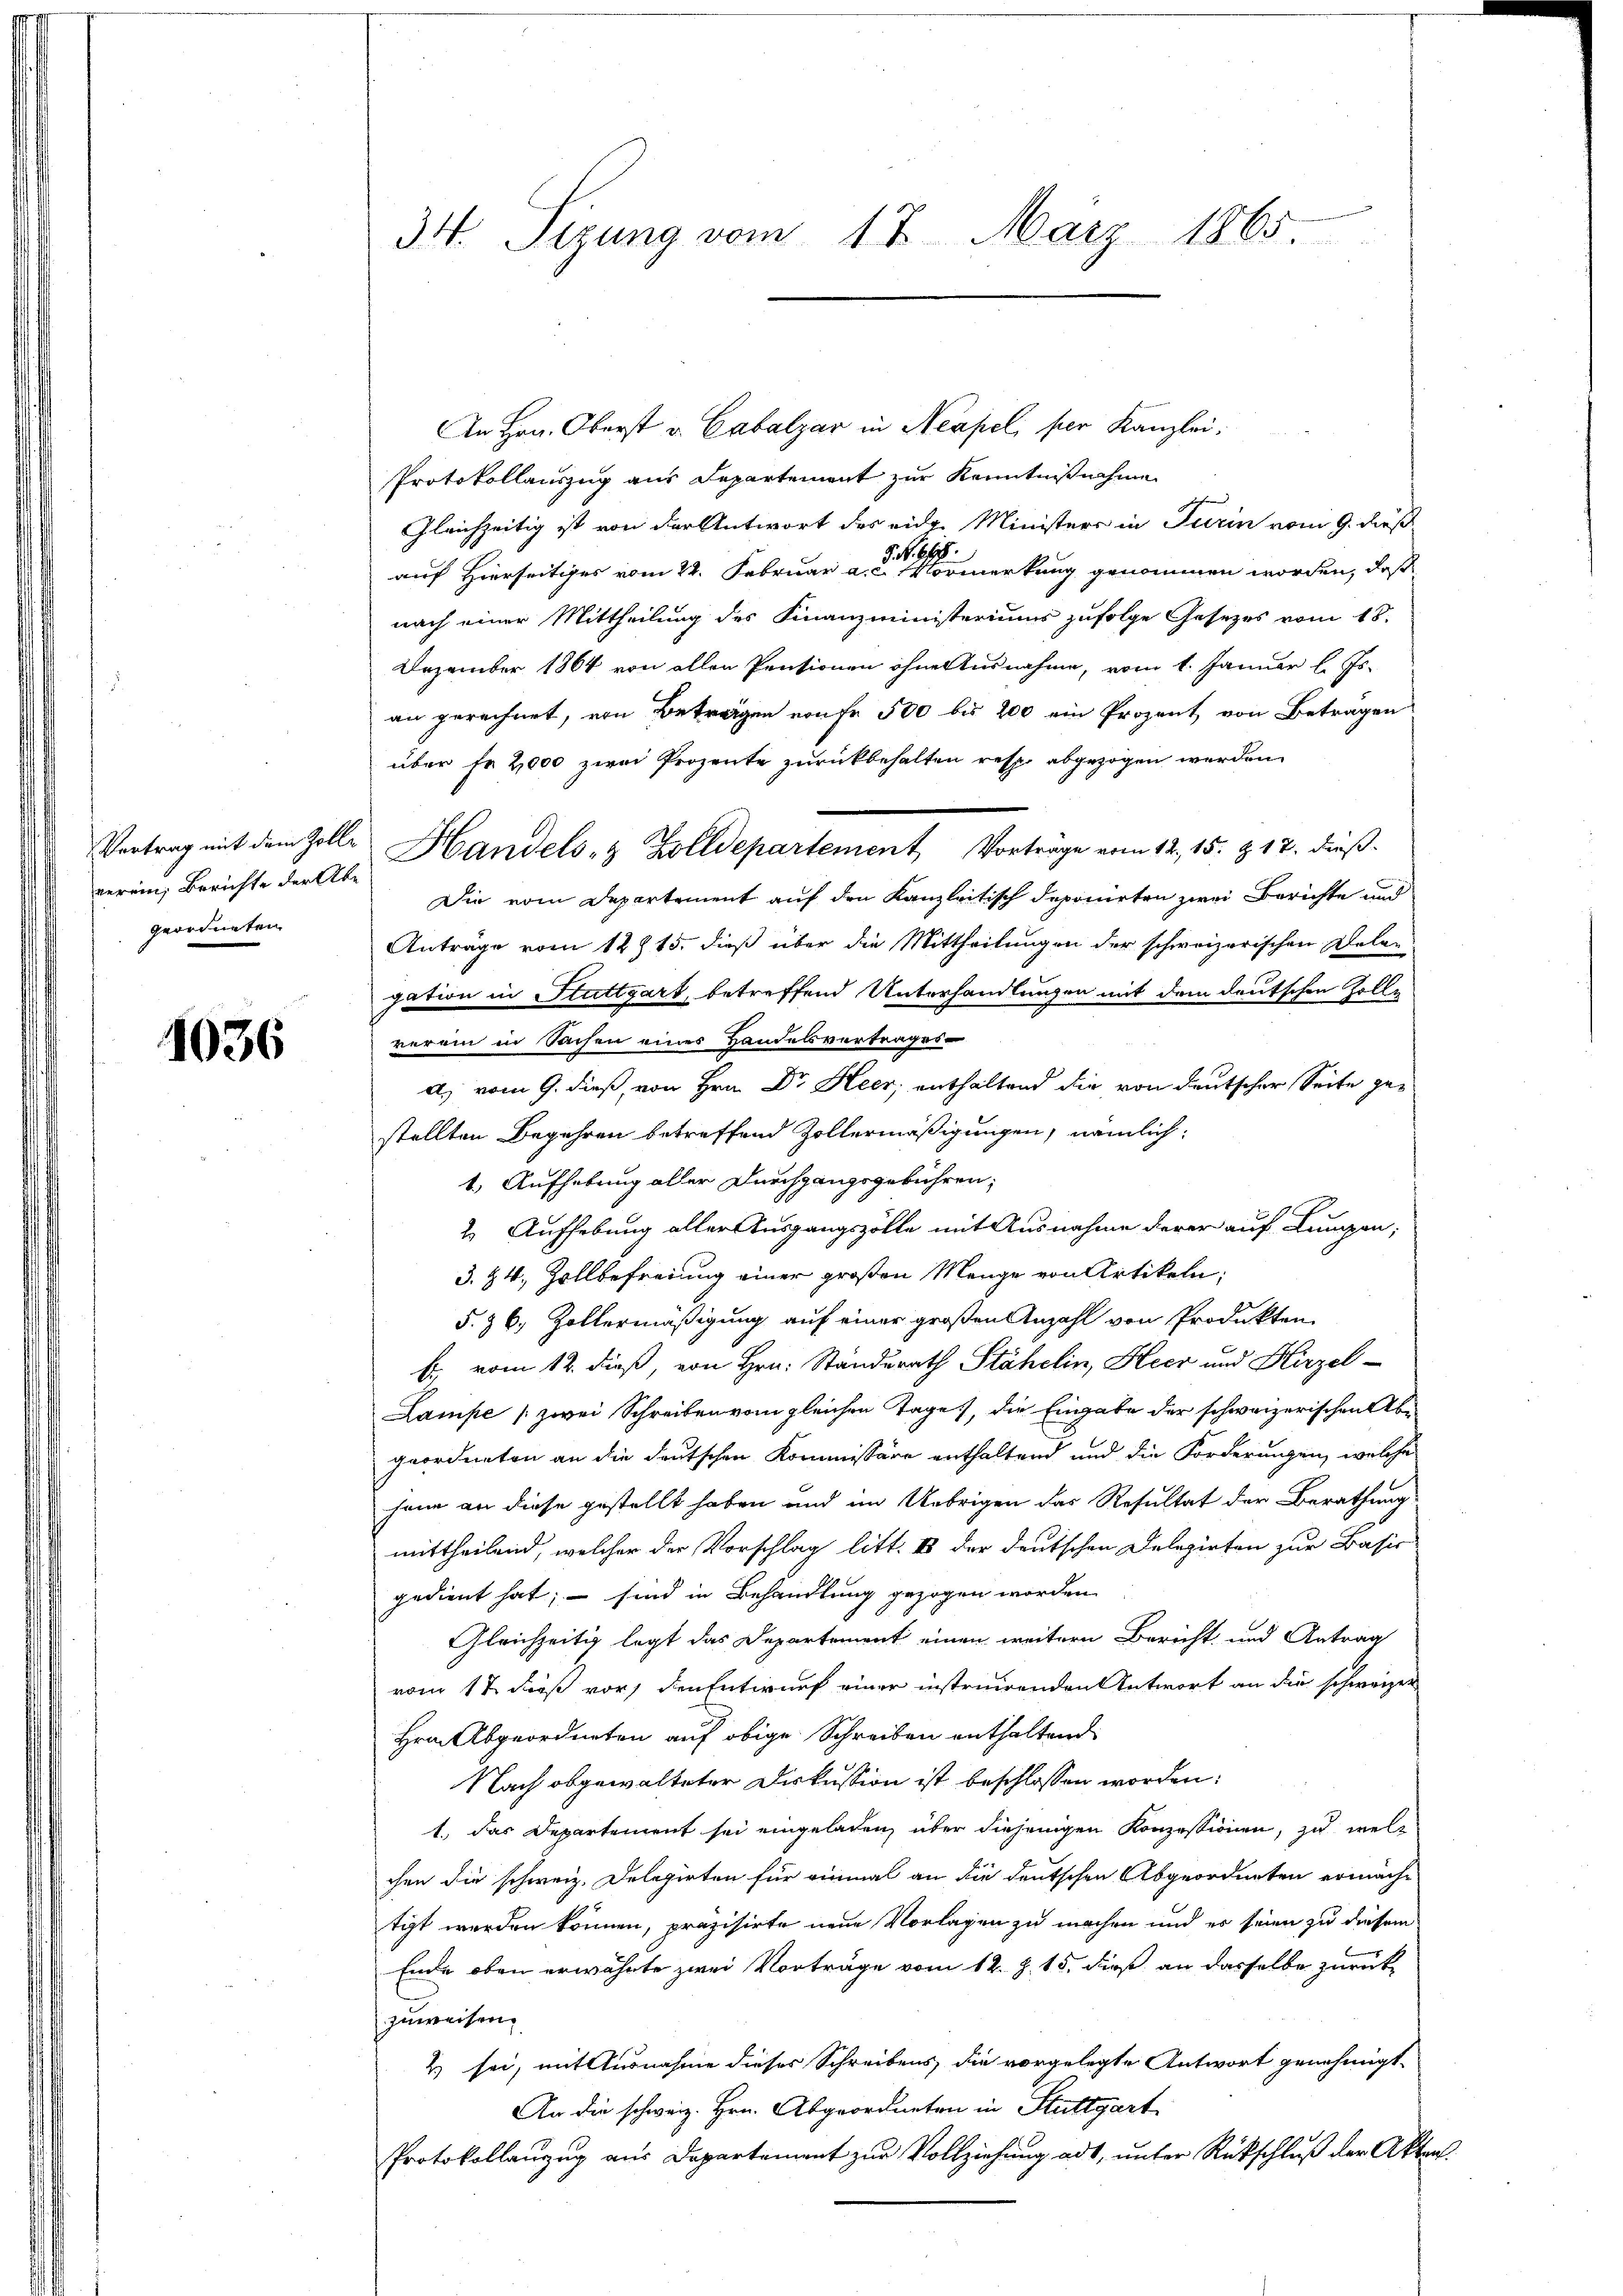
nerein, Berichte der Abe
geordneten

1036

34. Sizung vom 17. März 1865.

Vortrag mit dem Zolle Handels- & Zolldepartement Vortrage vom 12. 15. Z. 17. dieß-

An Hrn. Oberst v. Catalzar in Neapel, per Kanzlei.
Protokollauszug aus Repartement zur Kenntnißnahme
Gleichzeitig ist von der Antwort des eidg. Ministers in Turin vom 9. dieß
auf Hierseitiges vom 22. Februar a. der merkung genommen worden, daß
nach einer Mittheilung des Finanzministeriums zufolge Gesetzes vom 18.
Dezember 1864 von allen Pensionen ohne Ausnahme, vom 1. Januar l. Js.
an gerechnet, von Beträgen von fr 500 bis 200 ein Prozent von Betragen
über Fr. 2,000 zwei Prozente zurückbehalten resp. abgezogen werden.
Die vom Departement auf den Kanzleitisch deponirten zwei Berichte und
Anträge vom 12t 15. dieß über die Mittheilungen der schweizerischen Delagation in Stuttgart, betreffend Unterhandlungen mit dem deutschen Zolle
verein in Sachen eines Handelsvertrages
a) vom 9. dieß, von Hrn. Dr Heer, enthaltend die von deutscher Seite gestellten Begehren betreffend Zollermäßigungen, nämlich:
1.) Aufhebung aller Durchgangsgebühren,
2. Aufhebung aller Ausgangszölle mit Ausnahme derer auf Lumpen,
3. 84, Zollbefreiung einer großen Menge von Artikeln.
§. 36, Zollermäßigung auf einer großen Anzahl von Produkten
b. vom 12. dieß, von Hrn. Ständerath Stähelin, Heer und Hirzel-
Lampe (zwei Schreiben vom gleichen Tage, die Eingabe der schweizerischen Abe
geordneten an die deutschen Kommissäre enthaltend und die Forderungen, welche
hane an diese gestellt haben und im Uebrigen das Resultat der Berathung
mittheilend, welcher der Vorschlag litt. I der deutschen Delegirten zur Basis
gedient hat; – sind in Behandlung gezogen worden.
Gleichzeitig legt das Departement einen weitern Bericht und Antrag
vom 17. dieß vor, den Entwurf einer instruirenden Antwort an die schweizer
Hrn. Abgeordneten auf obige Schreiben enthaltend
Nach abgewalteter Diskussion ist beschlossen worden:
1.) Das Departement sei eingeladen, über diejenigen Konzessionen, zu welchen die schweiz. Delegirten für einmal an die deutschen Abgeordneten ermächtigt werden können, präzisirte neue Vorlagen zu machen und es seien zu diesem
Ende oben erwähnte zwei Vorträge vom 12. Z. 15. dieß an dasselbe zurück-
zuweisen.
4 sei, mit Ausnahme dieser Schreibens, die vorgelegte Antwort genehmigt.
An die schweiz. Hrn. Abgeordneten in Stuttgart
Protokollanzug aus Departement zur Vollziehung adt, unter Rückschluß der Akten.